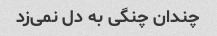
چندان چنگی به دل نمی‌زد